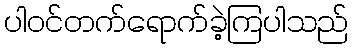
ပါဝင်တက်ရောက်ခဲ့ကြပါသည်